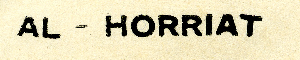
AL - HORRIAT